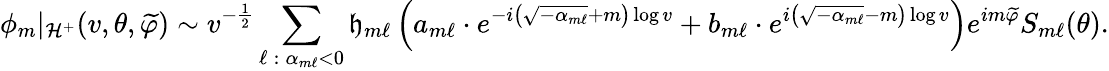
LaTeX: \phi_{m}|_{\mathcal{H}^{+}}(v,\theta,\widetilde{\varphi})\sim v^{-\frac{1}{2}}\sum_{\ell\: :\: \alpha_{m\ell}<0}\mathfrak{h}_{m\ell}\left(a_{m\ell}\cdot e^{-i\left(\sqrt{-\alpha_{m\ell}}+m\right)\log v}+b_{m\ell}\cdot e^{i\left(\sqrt{-\alpha_{m\ell}}-m\right)\log v}\right)e^{im\widetilde{\varphi}}S_{m\ell}(\theta).